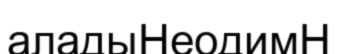
аладыНеодимН